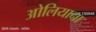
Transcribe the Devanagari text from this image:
ओलियाना